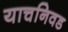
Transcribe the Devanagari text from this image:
याचनिवड